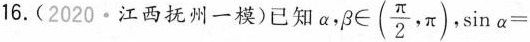
16.(2020·江西抚州一模)已知$$\alpha, \beta \in(\frac{\pi}{2}, \pi)$$ sin\alpha=